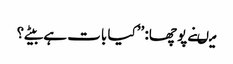
میںنے پوچھا: ’’کیا بات ہے بیٹے؟